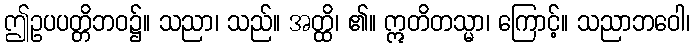
ဤဥပပတ္တိဘဝ၌။ သညာ၊ သည်။ အတ္ထိ၊ ၏။ ဣတိတသ္မာ၊ ကြောင့်။ သညာဘဝေါ၊